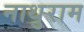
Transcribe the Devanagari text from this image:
नाथुराम